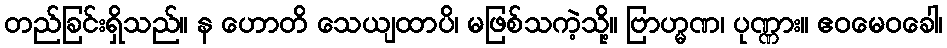
တည်ခြင်းရှိသည်။ န ဟောတိ သေယျထာပိ၊ မဖြစ်သကဲ့သို့။ ဗြာဟ္မဏ၊ ပုဏ္ဏား။ ဧဝမေဝခေါ၊